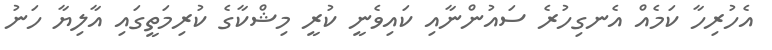
އެހުރިހާ ކަމެއް އެނގިހުރެ ސައުންނާއި ކައިވެނީ ކުރީ މިޝްކާގެ ކުރިމަތީގައި އާލިޔާ ހަނު